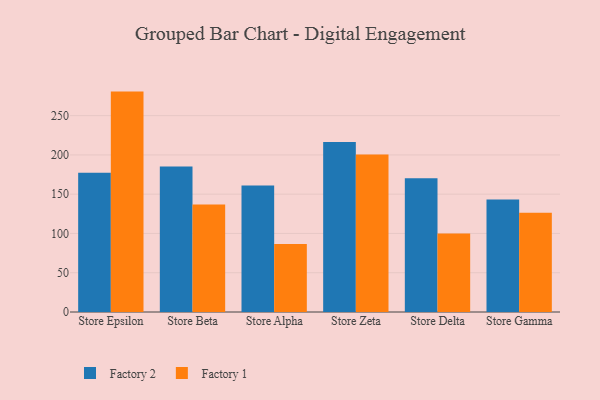
{"axis": {"x": "Store", "y": "Market Share (%)"}, "legend": ["Factory 1", "Factory 2"], "data": [{"x": "Store Epsilon", "y": 177.3, "type": "Factory 2"}, {"x": "Store Epsilon", "y": 280.6, "type": "Factory 1"}, {"x": "Store Beta", "y": 185.2, "type": "Factory 2"}, {"x": "Store Beta", "y": 136.8, "type": "Factory 1"}, {"x": "Store Alpha", "y": 161.0, "type": "Factory 2"}, {"x": "Store Alpha", "y": 86.5, "type": "Factory 1"}, {"x": "Store Zeta", "y": 216.4, "type": "Factory 2"}, {"x": "Store Zeta", "y": 200.4, "type": "Factory 1"}, {"x": "Store Delta", "y": 170.4, "type": "Factory 2"}, {"x": "Store Delta", "y": 100.0, "type": "Factory 1"}, {"x": "Store Gamma", "y": 143.3, "type": "Factory 2"}, {"x": "Store Gamma", "y": 126.3, "type": "Factory 1"}]}